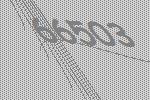
66503